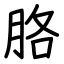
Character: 胳